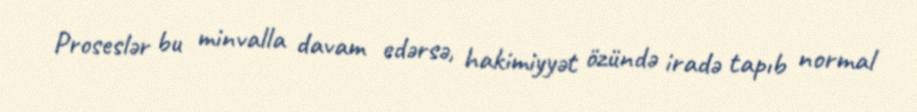
Proseslər bu minvalla davam edərsə, hakimiyyət özündə iradə tapıb normal